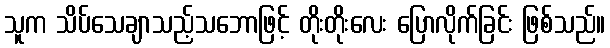
သူက သိပ်သေချာသည့်သဘောဖြင့် တိုးတိုးလေး ပြောလိုက်ခြင်း ဖြစ်သည်။